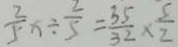
\frac { 2 } { 5 } x \div \frac { 2 } { 5 } = \frac { 3 5 } { 3 2 } \times \frac { 5 } { 2 }